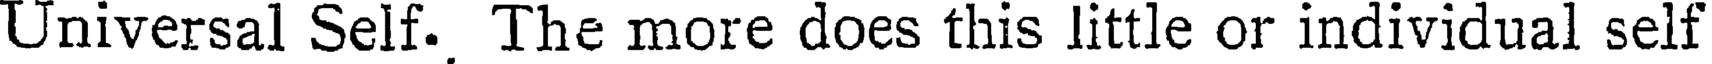
Universal Self.. The more does this little or individual self